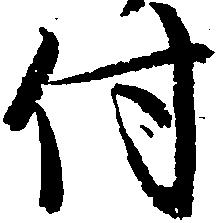
付